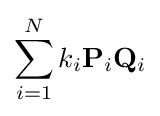
\sum \limits _{i=1}^{N}{k_{i}\mathbf {P} _{i}\mathbf {Q} _{i}}